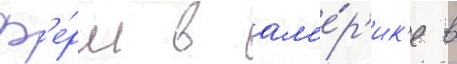
ф'е́рм в ам'е́р'ик'е в